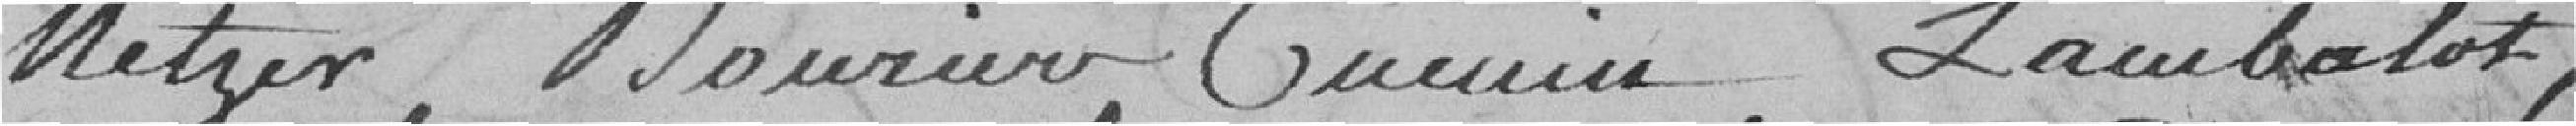
Metzer, Mourier, Cumin, Lambalet